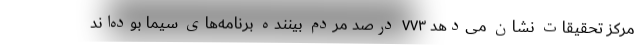
مرکز تحقیقات نشان می‌دهد ۷۷۳ درصد مردم بیننده برنامه‌های سیما بوده‌اند